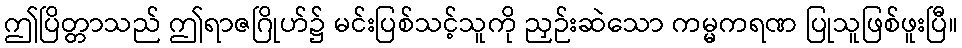
ဤပြိတ္တာသည် ဤရာဇဂြိုဟ်၌ မင်းပြစ်သင့်သူကို ညှဉ်းဆဲသော ကမ္မကရဏ ပြုသူဖြစ်ဖူးပြီ။